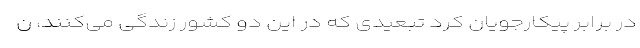
در برابر پیکارجویان کرد تبعیدی که در این دو کشور زندگی می‌کنند، ن